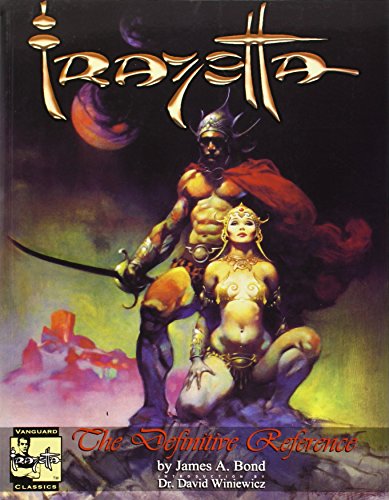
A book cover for FRAZETTA, THE DEFINITIVE REFERENCE PB (Vanguard Classics); James A. Bond; Comics & Graphic Novels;